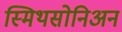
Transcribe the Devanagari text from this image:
स्मिथसोनिअन